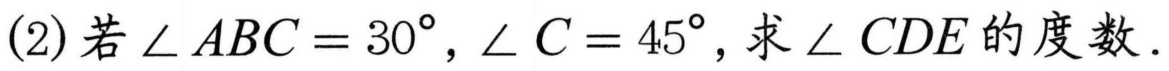
(2)若\(\angle ABC = 30^{\circ}, \angle C = 45^{\circ}\), 求\(\angle CDE\)的度数.